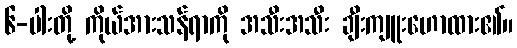
၆-ပါးတို့ ကိုယ်အားသန်ရာကို အသီးအသီး ချီးကျူးဟောထား၏။